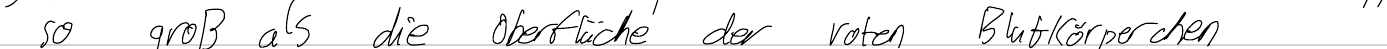
so groß als die Oberfläche der roten Blutkörperchen